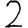
Digit: 2